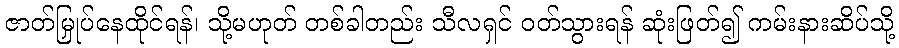
ဇာတ်မြှုပ်နေထိုင်ရန်၊ သို့မဟုတ် တစ်ခါတည်း သီလရှင် ဝတ်သွားရန် ဆုံးဖြတ်၍ ကမ်းနားဆိပ်သို့